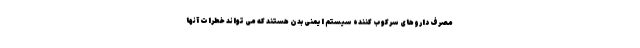
مصرف داروهای سرکوب کننده سیستم ایمنی بدن هستند که می تواند خطرات آنها